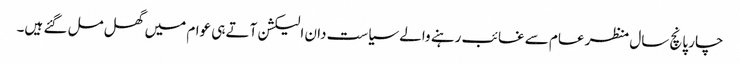
چار پانچ سال منظر عام سے غائب رہنے والے سیاست دان الیکشن آتے ہی عوام میں گھل مل گئے ہیں۔